Report of the Indian Hemp Drugs Commission, 1894-1895 - Volume V
Year: 1894
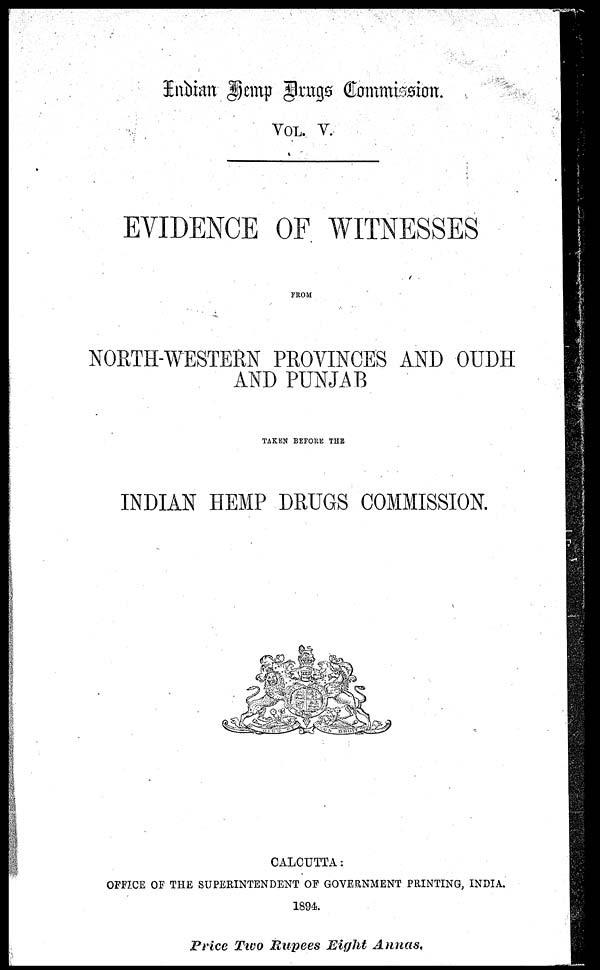
Inbian Temp Drugs Commission.
VOL. V.
EVIDENCE OF WITNESSES
FROM
NORTH–WESTERN PROVINCES AND OUDH
AND PUNJAB
TAKEN BEFORE THE
INDIAN HEMP DRUGS COMMISSION.
CALCUTTA:
OFFICE OF THE SUPERINTENDENT OF GOVERNMENT PRINTING , INDIA.
1894.
Price Two Rupees Eight Annas.